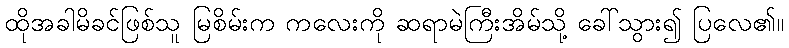
ထိုအခါမိခင်ဖြစ်သူ မြစိမ်းက ကလေးကို ဆရာမဲကြီးအိမ်သို့ ခေါ်သွား၍ ပြလေ၏။